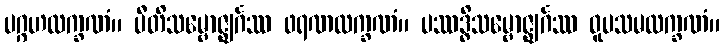
ပဂ္ဂဟလက္ခဏံ။ ပီတိသမ္ဗောဇ္ဈင်္ဂဿ ဖရဏလက္ခဏံ။ ပဿဒ္ဓိသမ္ဗောဇ္ဈင်္ဂဿ ဝူပသမလက္ခဏံ။